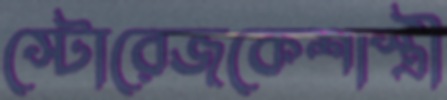
স্টোরেজকেশাস্ত্রী